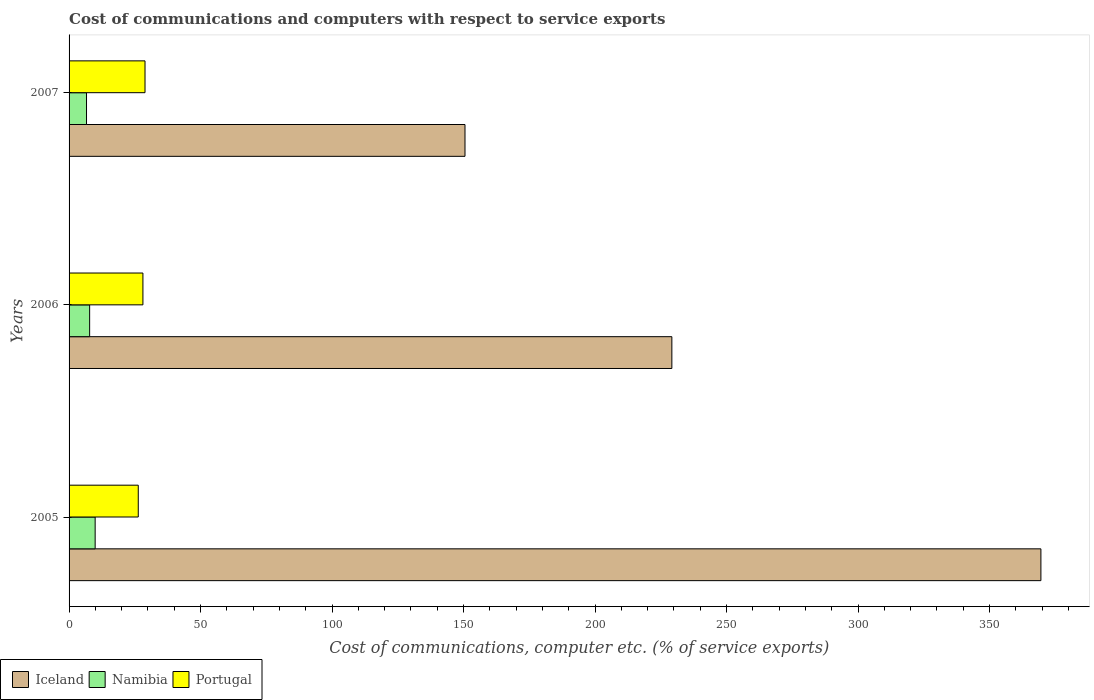
| Years | Iceland | Namibia | Portugal |
 | --- | --- | --- | --- |
 | 2005 | 370 | 9.92 | 26.3 |
 | 2006 | 229 | 7.82 | 28.1 |
 | 2007 | 151 | 6.63 | 28.9 |